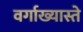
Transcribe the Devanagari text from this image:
वर्गाख्यास्ते